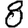
Digit: 8